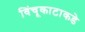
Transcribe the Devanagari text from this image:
विंचूकाटाकडे